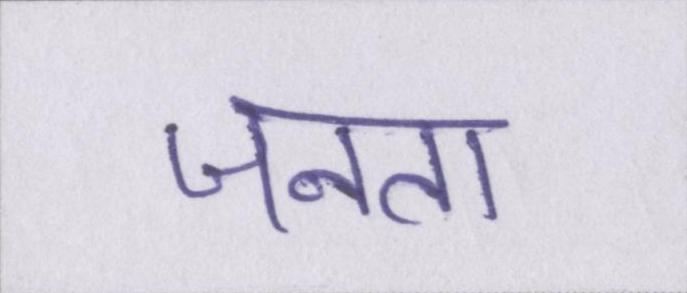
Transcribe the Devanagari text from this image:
जनता